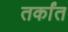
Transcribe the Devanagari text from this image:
तर्कांत